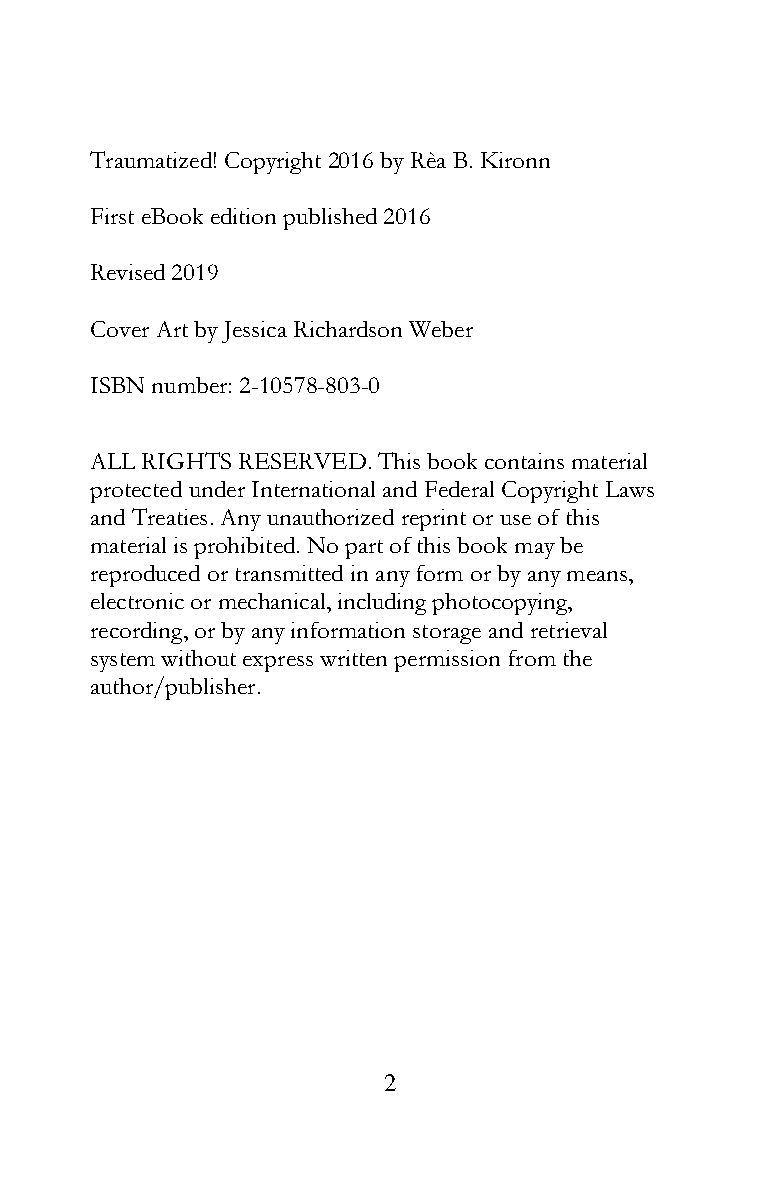
Traumatized! Copyright 2016 by Rèa B. Kironn
 First eBook edition published 2016
 Revised 2019
 Cover Art by Jessica Richardson Weber
 ISBN number: 2-10578-803-0
 ALL RIGHTS RESERVED. This book contains material
 protected under International and Federal Copyright Laws
 and Treaties. Any unauthorized reprint or use of this
 material is prohibited. No part of this book may be
 reproduced or transmitted in any form or by any means,
 electronic or mechanical, including photocopying,
 recording, or by any information storage and retrieval
 system without express written permission from the
 author/publisher.
 2